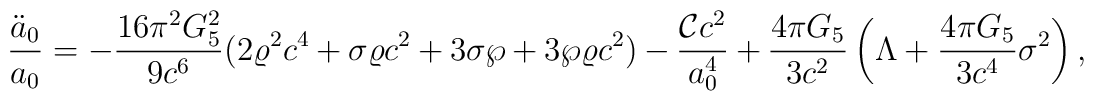
{\ddot{a}_0\over a_0}=-{{16\pi^2G^2_5}\over{9c^6}}(2\varrho^2c^4+\sigma\varrho c^2+3\sigma\wp+3\wp\varrho c^2)-{{{\cal C}c^2}\over a^4_0}+{{4\pi G_5}\over{3c^2}}\left(\Lambda+{{4\pi G_5}\over{3c^4}}\sigma^2\right),